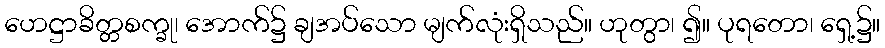
ဟေဋ္ဌာခိတ္တစက္ခု၊ အောက်၌ ချအပ်သော မျက်လုံးရှိသည်။ ဟုတွာ၊ ၍။ ပုရတော၊ ရှေ့၌။